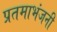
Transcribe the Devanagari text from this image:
प्रतमाभंजनी